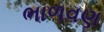
ભાળવણ